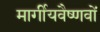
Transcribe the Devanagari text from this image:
मार्गीयवैष्णवों